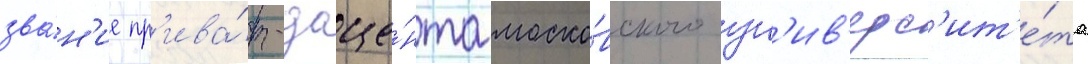
зва́н'ие пр'ива́т-доце́нта моско́вского ун'ив'ерс'ит'е́та